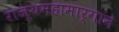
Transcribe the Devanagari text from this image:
राज्यमहामार्गाने